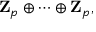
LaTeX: \mathbf { Z } _ { p } \oplus \cdots \oplus \mathbf { Z } _ { p } ,